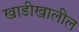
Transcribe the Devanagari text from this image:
खाडीखालील